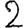
Digit: 2